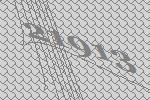
21913